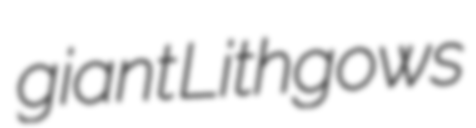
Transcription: giant Lithgows